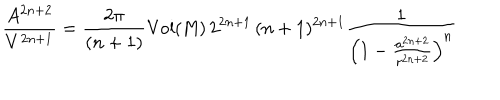
LaTeX: \frac { A ^ { 2 n + 2 } } { V ^ { 2 n + 1 } } = \frac { 2 \pi } { ( n + 1 ) } { \mathrm { V o l { ( M ) } } } \, 2 ^ { 2 n + 1 } \, ( n + 1 ) ^ { 2 n + 1 } \frac { 1 } { \left( 1 - \frac { a ^ { 2 n + 2 } } { r ^ { 2 n + 2 } } \right) ^ { n } }